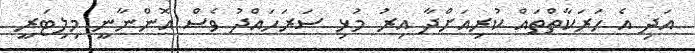
އަދި އެ ހަރަކާތްތައް ކުރިއަށްދާ އިރު މުޅި ސަރަހައްދު ވެސް އޮންނާނީ މިލިޓަރީ